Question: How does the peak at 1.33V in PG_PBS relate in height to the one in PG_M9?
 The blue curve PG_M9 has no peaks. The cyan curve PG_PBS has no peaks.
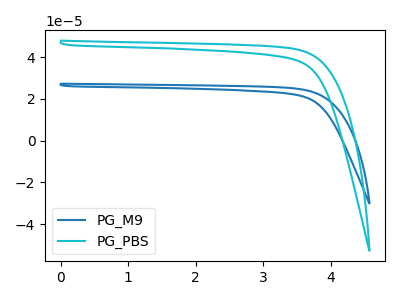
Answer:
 <answer>"PG_PBS" and "PG_M9" dont share a peak at 1.33V.</answer>
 <eval>mismatch</eval>